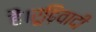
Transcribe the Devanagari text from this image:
हैं।रूढ़िवादी